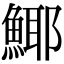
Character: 𩸾